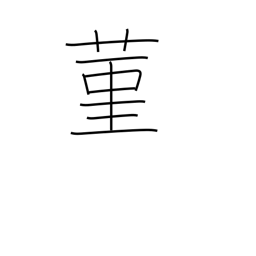
Meaning: the violet